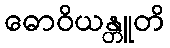
ဓောဝိယန္တူတိ